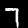
Digit: 7